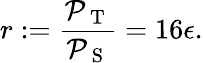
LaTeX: r:=\frac{{\cal P}_{\mathrm{~T~}}}{{\cal P}_{\mathrm{~S~}}}=16\epsilon.